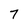
Character: 7